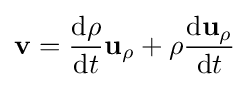
\mathbf {v} ={\frac {\mathrm {d} \rho }{\mathrm {d} t}}\mathbf {u} _{\rho }+\rho {\frac {\mathrm {d} \mathbf {u} _{\rho }}{\mathrm {d} t}}